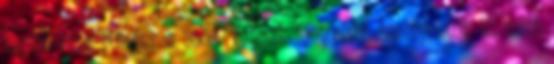
legmélyebb pointer a 35ös. Vannak fontosabb szempontok is, mint